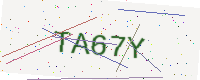
Text: TA67Y